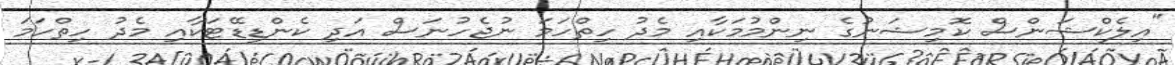
"އިލެކްޝަންސް ކޮމިޝަނުގެ ނިންމުމަކާއި މެދު ހިތްހަމަ ނުޖެހުނަސް އަދި ކެންޑިޑޭޓަކާއި މެދު ހިތްހަމަ